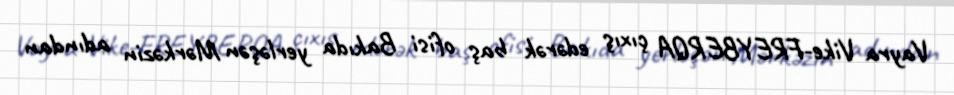
Vayra Vike-FREYBERQA çıxış edərək baş ofisi Bakıda yerləşən Mərkəzin adından